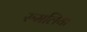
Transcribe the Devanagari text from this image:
रुमलिया